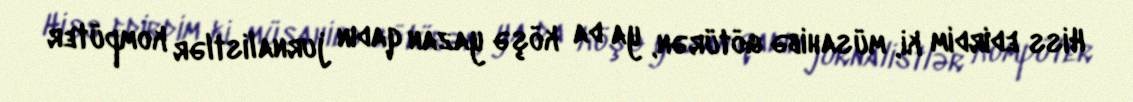
Hiss edirdim ki, müsahibə götürən, ya da köşə yazan qadın jurnalistlər kompüter